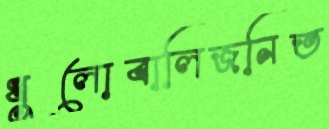
ধুলোবালিজনিত